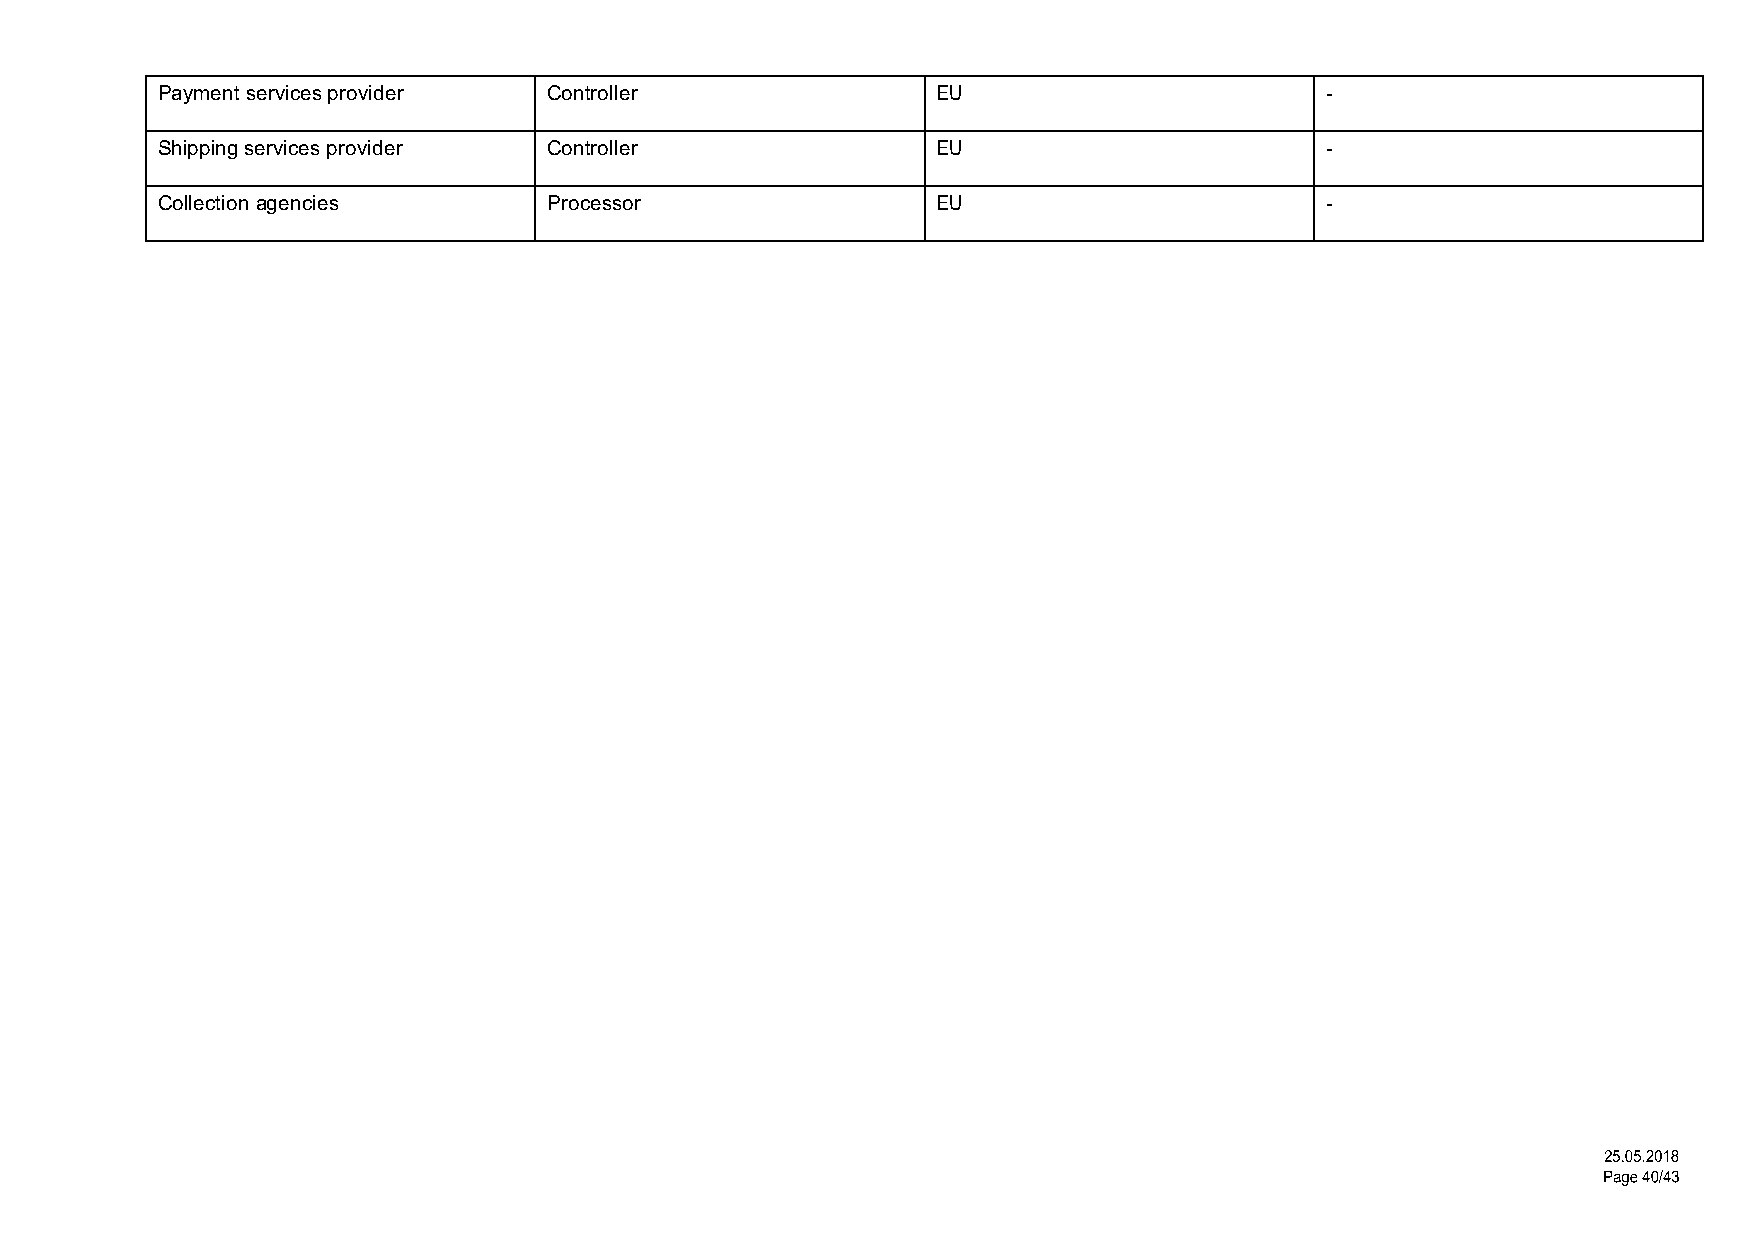
Payment services provider Controller                EU                        -
 Shipping services provider Controller               EU                        -
 Collection agencies       Processor                 EU                        -